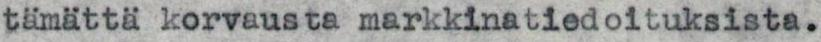
tämättä korvausta markkinatiedoituksista.